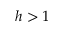
h > 1